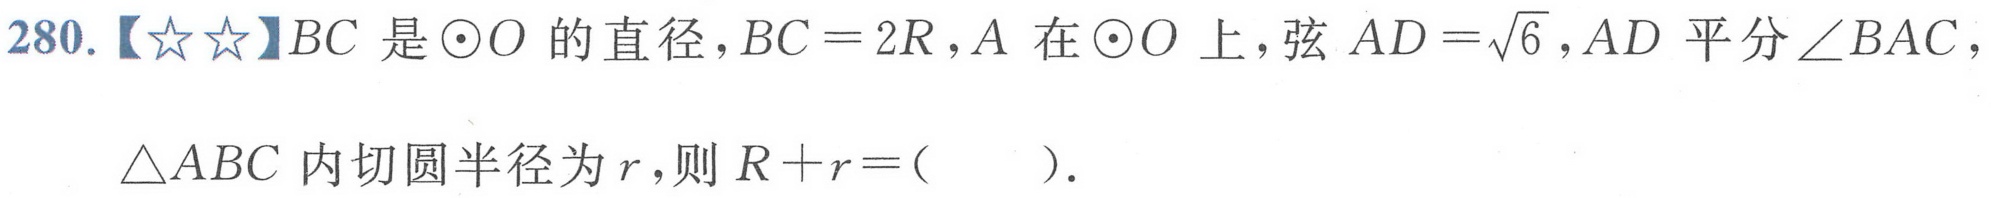
280.【★★】\(BC\)是\(\odot O\)的直径，\(BC = 2R\)，\(A\)在\(\odot O\)上，弦\(AD=\sqrt{6}\)，\(AD\)平分\(\angle BAC\)，\(\triangle ABC\)内切圆半径为\(r\)，则\(R + r=(\quad)\).